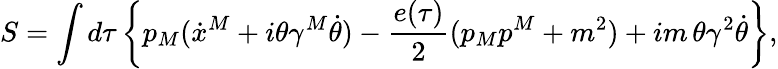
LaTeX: S=\int d\tau\left\{ p_{M}(\dot{x}^{M}+i\theta\gamma^{M}\dot{\theta})-{\frac{e(\tau)}{2}}(p_{M}p^{M}+m^{2})+im\, \theta\gamma^{2}\dot{\theta}\right\} ,